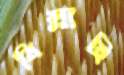
বিল্লাহি